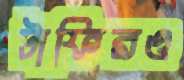
টাফিরও